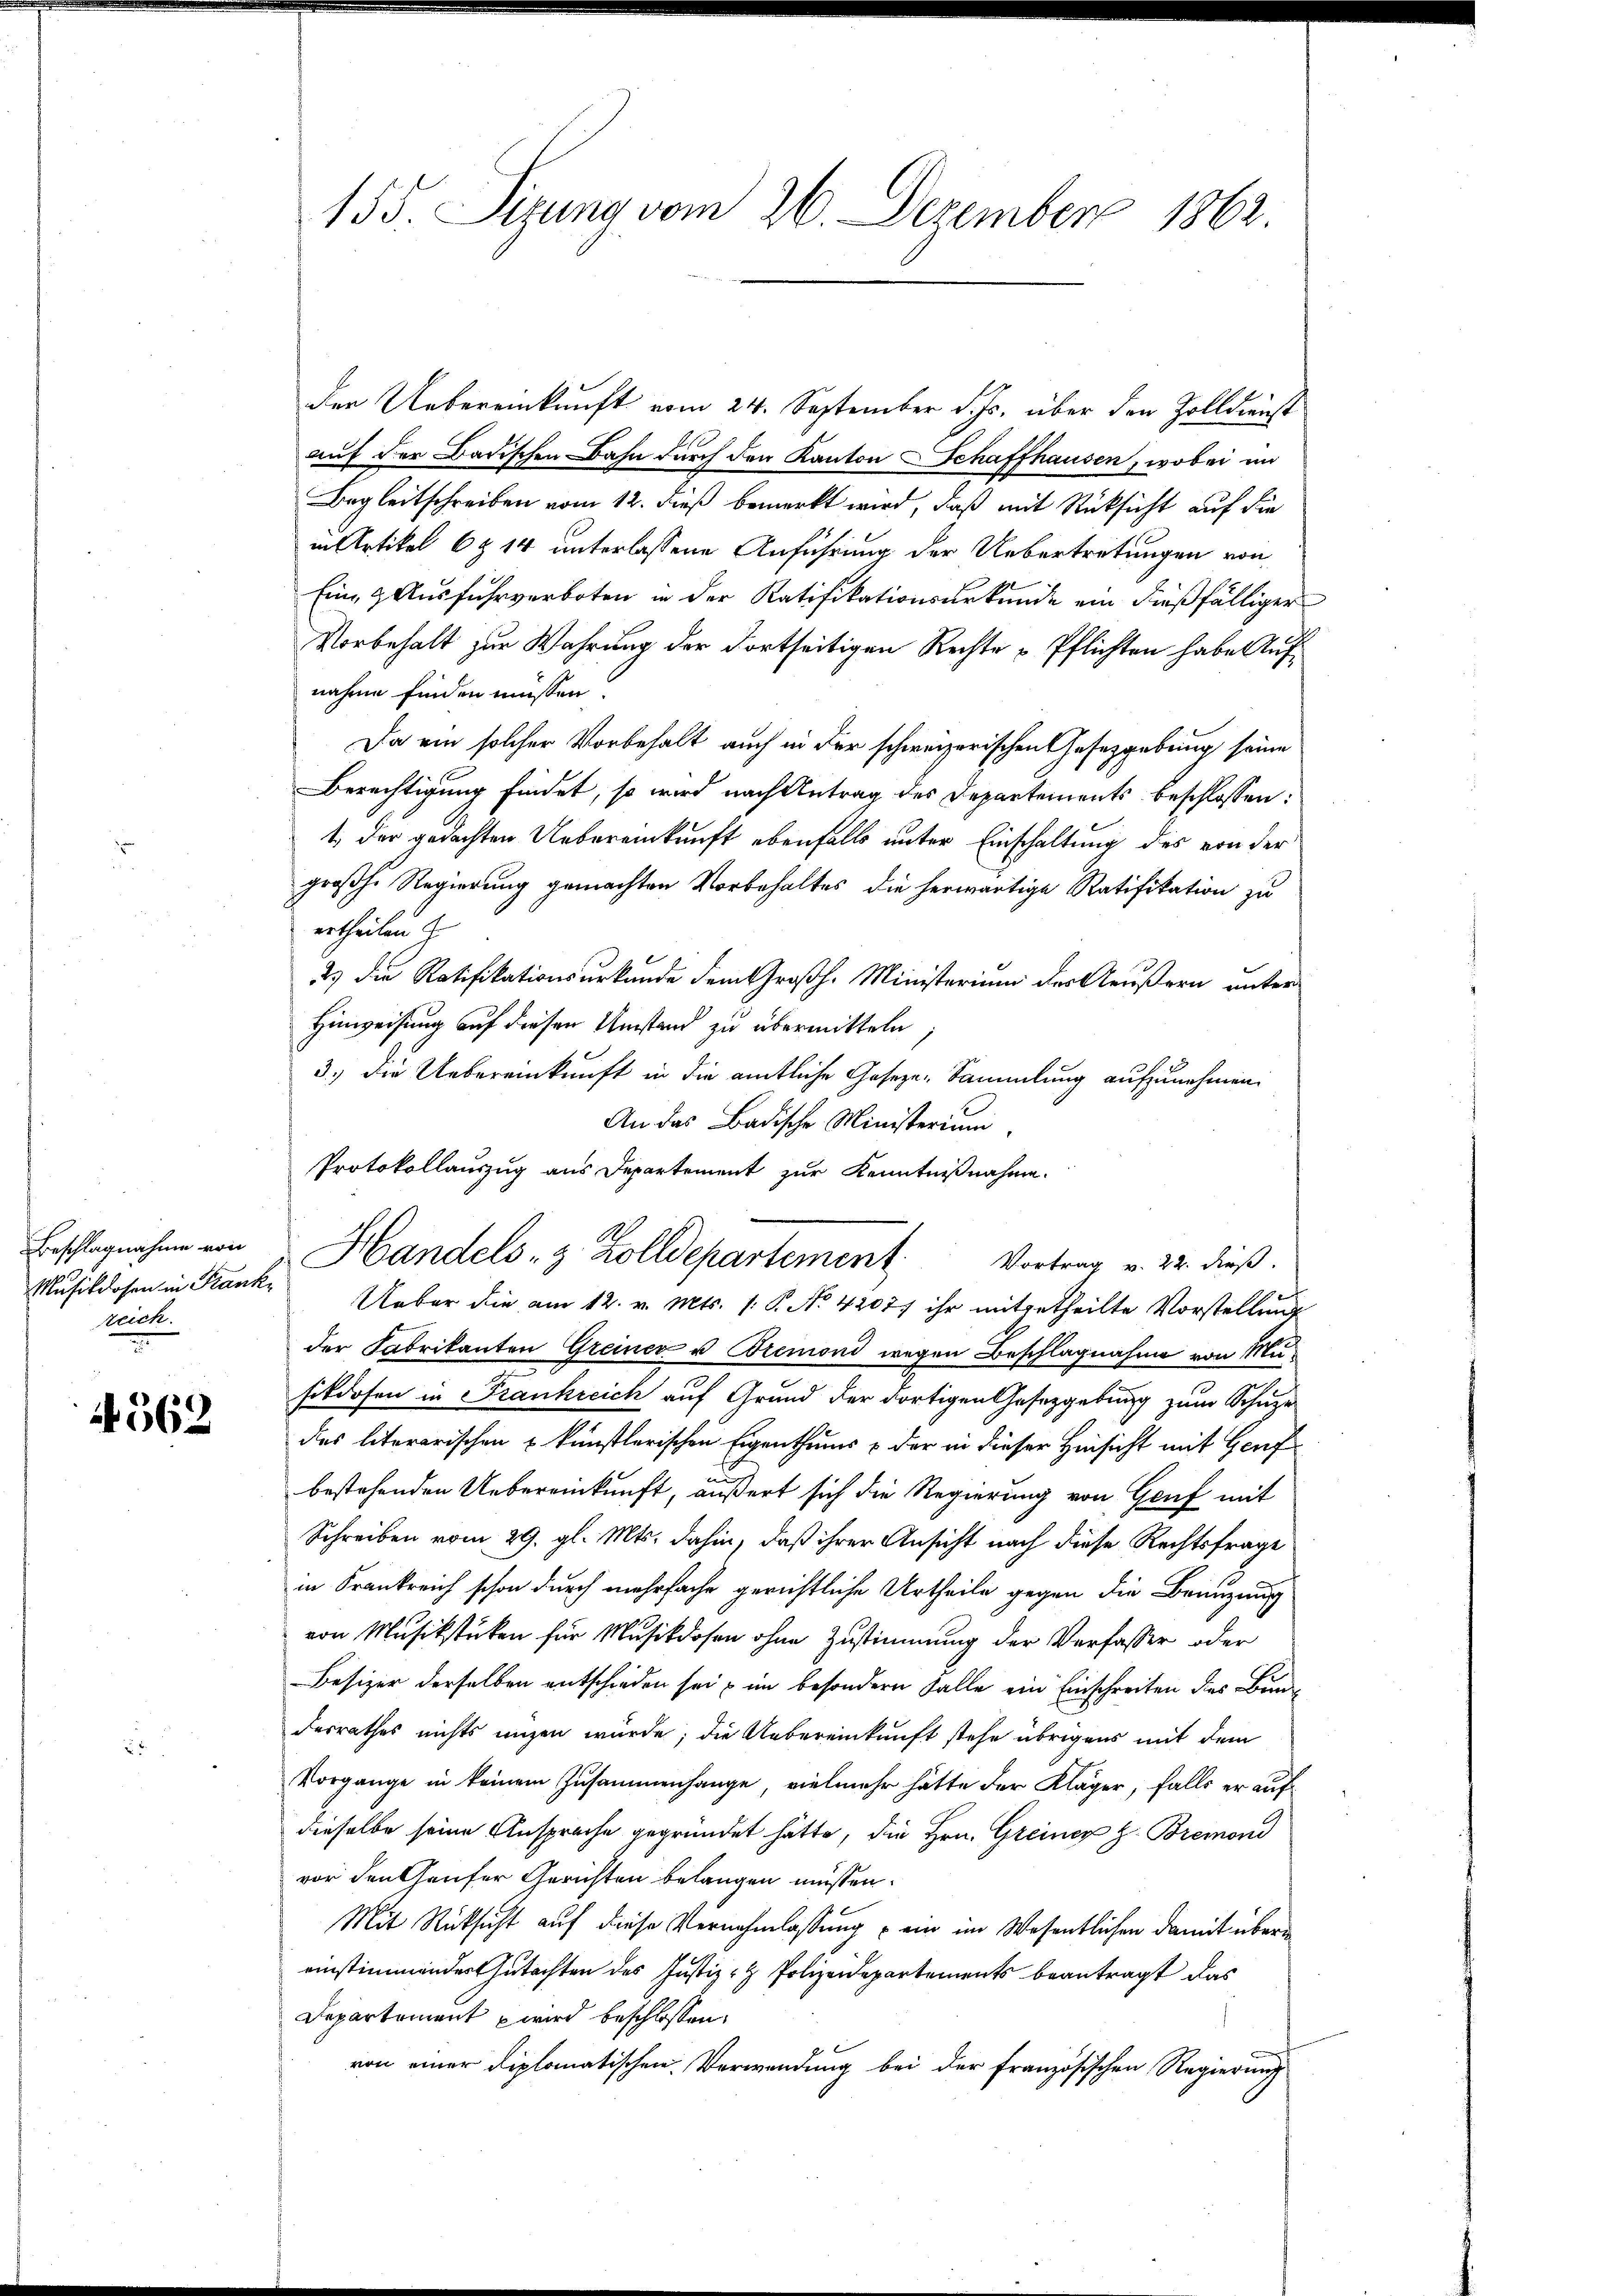
rick.

4562

der Uebereinkunft vom 24. September d. Js. über den Zolldienst
auf der Badischen Bahn durch den Kanton Schaffhausen, wobei in
Begleitschreiben vom 12. dieß bemerkt wird, daß mit Rücksicht auf die
in Artikel 6 § 14 unterlassene Anführung der Uebertretungen von
Eine & Ausfuhrverboten in der Ratifikationsurkunde ein dießfälliger
Vorbehalt zur Wahrung der dortseitigen Rechte Pflichten habe Aufnahme finden müssen.
Da ein solcher Vorbehalt auch in der schweizerischen Gesetzgebung seine
Berechtigung findet, so wird nach Antrag des Departements beschlossen:
t., der gedachten Uebereinkunft ebenfalls unter Einschaltung des von der
großhe Regierung gemachten Vorbehaltes die herwärtige Ratifikation zu
ertheilen
) die Ratifikationsurkunde dem Großh. Ministerium des Aeußern unter
Hinweisung auf diesen Umstand zu übermitteln;
3.) Die Uebereinkunft in die amtliche Geseze-Sammlung aufzunehmen.
An das Badische Ministerium
Protokollauszug aus Departement zur Kenntnißnahme.
Musikdosen in Krank. Ueber die am 12. v. Mts. 1. P. No. 4202) ihr mitgetheilte Vorstellŭng
der Fabrikanton Greiner u Bremond wegen Beschlagnahme von Musikdosen in Frankreich auf Grund der dortigen Gesetzgebung zum Schuze
des literarischen u künstlerischen Eigenthums & der in dieser Hinsicht mit Genf
bestehenden Uebereinkunft, äußert sich die Regierung von Genf mit
Schreiben vom 29. gl. Mts. dahin, daß ihrer Ansicht nach diese Rechtsfrage
in Frankreich schon durch mehrfache gerichtliche Urtheile gegen die Branzung
von Musikstücken für Musikdosen ohne Zustimmung der Verfasser oder
Besizer derselben entschieden sei, u im besondern Falle ein Einschreiten dies Bunde
desrathes nichts ungen würde; die Uebereinkunft stehe übrigens mit dem
Vorgänge in keinem Zusammenhange, vielmehr hätte der Kläger, falls er auf
dieselbe seine Ansprache gegründet hätte, die Hrn. Greiner z. Bremond
vor den Gaufer Gerichten belangen müssen.
Mit Rücksicht auf diese Vernahmlassung ein im Wesentlichen damit übereinstimmendes Gutachten des Justiz- & Polizeidepartements beantragt das
Departement wird beschlossen:
von einer diplomatischen Verwendung bei der französischen Regierung

155. Dirung vom 26. Dezember 1862.

Beschlagnahme von Handels- & Zolldepartement. Vortrag v. 22. dieß.